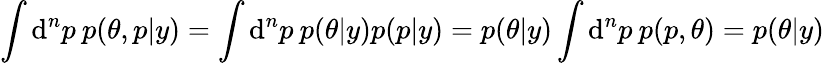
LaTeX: \int\mathrm{d}^{n}p\: p(\theta,p|y)=\int\mathrm{d}^{n}p\: p(\theta|y)p(p|y)=p(\theta|y)\int\mathrm{d}^{n}p\: p(p,\theta)=p(\theta|y)